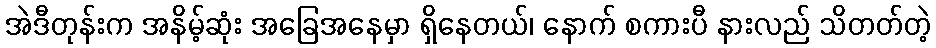
အဲဒီတုန်းက အနိမ့်ဆုံး အခြေအနေမှာ ရှိနေတယ်၊ နောက် စကားပီ နားလည် သိတတ်တဲ့